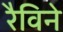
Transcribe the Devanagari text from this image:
रैविने